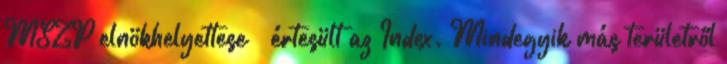
MSZP elnökhelyettese – értesült az Index. Mindegyik más területről